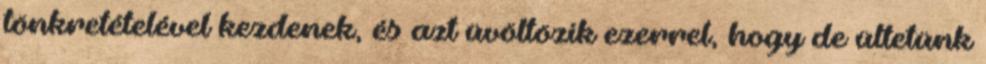
tönkretételével kezdenek, és azt üvöltözik ezerrel, hogy de ültetünk